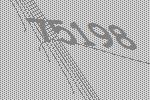
75198